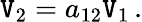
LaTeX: \mathtt{V}_{2}=a_{12}\mathtt{V}_{1}\, .